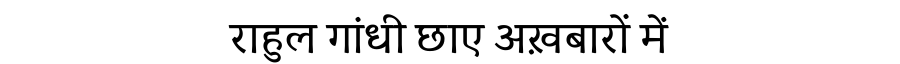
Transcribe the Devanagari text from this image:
राहुल गांधी छाए अख़बारों में